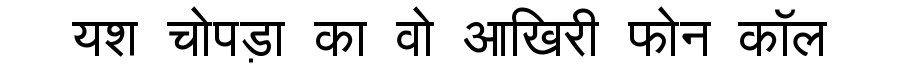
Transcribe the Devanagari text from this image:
यश चोपड़ा का वो आखिरी फोन कॉल